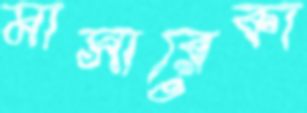
মাসারেকা